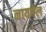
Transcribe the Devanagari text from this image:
नायगेल